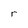
Character: r